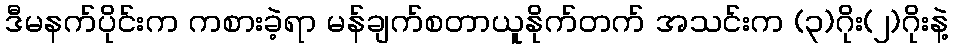
ဒီမနက်ပိုင်းက ကစားခဲ့ရာ မန်ချက်စတာယူနိုက်တက် အသင်းက (၃)ဂိုး(၂)ဂိုးနဲ့